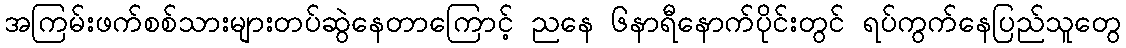
အကြမ်းဖက်စစ်သားများတပ်ဆွဲနေတာကြောင့် ညနေ ၆နာရီနောက်ပိုင်းတွင် ရပ်ကွက်နေပြည်သူတွေ